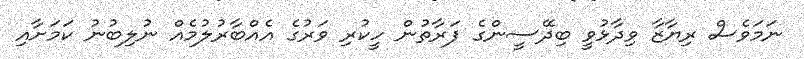
ނަމަވެސް ރިޔާޒާ ވިދާޅުވީ ބިދޭސީންގެ ފަރާތުން ހީކުރި ވަރުގެ އެއްބާރުލުމެއް ނުލިބުނު ކަމަށާއި